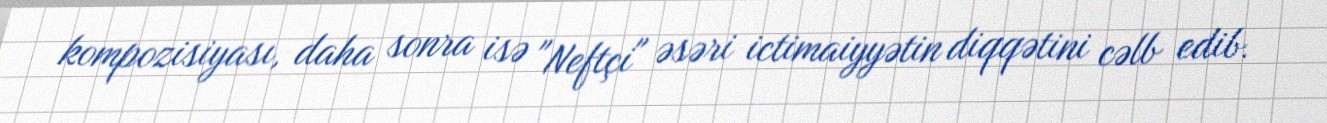
kompozisiyası, daha sonra isə "Neftçi" əsəri ictimaiyyətin diqqətini cəlb edib.